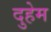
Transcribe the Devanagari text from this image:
दुहेम